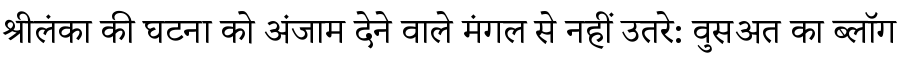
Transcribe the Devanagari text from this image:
श्रीलंका की घटना को अंजाम देने वाले मंगल से नहीं उतरे: वुसअत का ब्लॉग